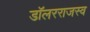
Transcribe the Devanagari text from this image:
डॉलरराजस्व